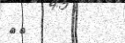
٢٦